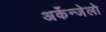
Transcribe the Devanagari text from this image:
अर्केन्जेलो